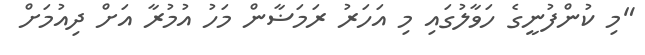
"މި ކުންފުނީގެ ހަވާލުގައި މި އަހަރު ރަމަޟާން މަހު އުމުރާ އަށް ދިއުމަށް